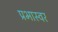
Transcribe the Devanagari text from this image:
प्रभास्वर